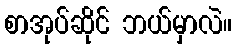
စာအုပ်ဆိုင် ဘယ်မှာလဲ။